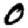
Digit: 0